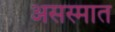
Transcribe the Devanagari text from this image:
असस्मात